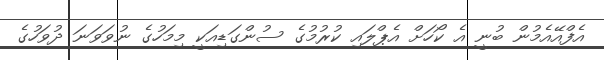
އެފްއޭއެމުން ބުނީ އެ ކޯހަށް އެޕްލައި ކުރުމުގެ ސުންގަޑިއަކީ މިމަހުގެ ނުވަވަނަ ދުވަހުގެ